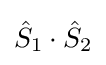
{\hat {S}}_{1}\cdot {\hat {S}}_{2}